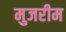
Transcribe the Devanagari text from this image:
मुजरीम